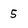
Character: 5